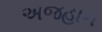
અજહાન